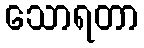
သောရတာ